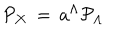
{ \cal P } _ { \bf X } \, = \, a ^ { \Lambda } { \cal P } _ { \Lambda }